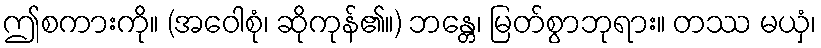
ဤစကားကို။ (အဝေါစုံ၊ ဆိုကုန်၏။) ဘန္တေ၊ မြတ်စွာဘုရား။ တဿ မယှံ၊